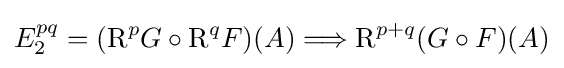
E_{2}^{pq}=({\rm {R}}^{p}G\circ {\rm {R}}^{q}F)(A)\Longrightarrow {\rm {R}}^{p+q}(G\circ F)(A)